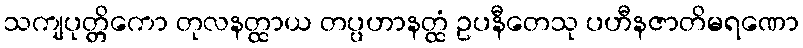
သကျပုတ္တိကော တုလနတ္ထာယ တပ္ပဟာနတ္ထံ ဥပနီတေသု ပဟီနဇာတိမရဏော